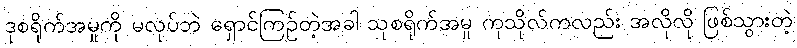
ဒုစရိုက်အမှုကို မလုပ်ဘဲ ရှောင်ကြဉ်တဲ့အခါ သုစရိုက်အမှု ကုသိုလ်ကလည်း အလိုလို ဖြစ်သွားတဲ့